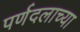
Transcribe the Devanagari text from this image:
पर्णदलाच्या